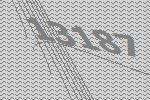
13187